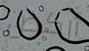
أركض